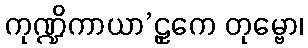
ကုဏ္ဍိကာယာ’ဠှကေ တုမ္ဗော၊